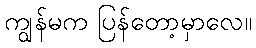
ကျွန်မက ပြန်တော့မှာလေ။